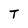
Character: T